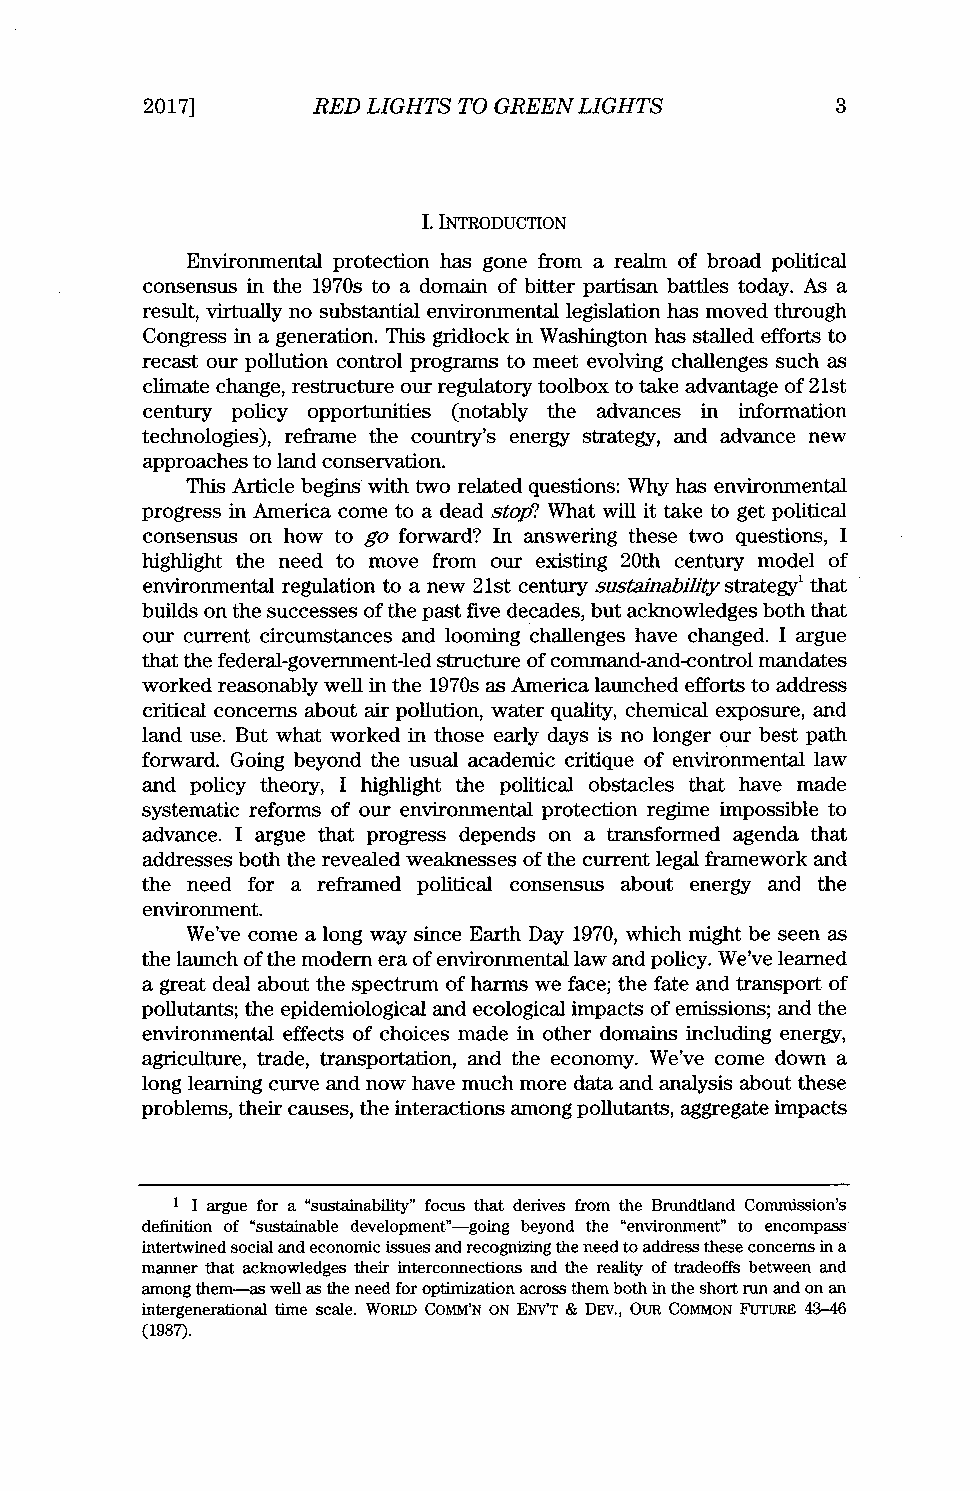
2017]1     RED LIGHTS TO GREEN LIGHTS        3
 I. INTRODUCTION
 Environmental protection has gone from a realm of broad political
 consensus in the 1970s to a domain of bitter partisan battles today. As a
 result, virtually no substantial environmental legislation has moved through
 Congress in a generation. This gridlock in Washington has stalled efforts to
 recast our pollution control programs to meet evolving challenges such as
 climate change, restructure our regulatory toolbox to take advantage of 21st
 century policy opportunities (notably the advances in information
 technologies), reframe the country's energy strategy, and advance new
 approaches to land conservation.
 This Article begins with two related questions: Why has environmental
 progress in America come to a dead stop? What will it take to get political
 consensus on how to go forward? In answering these two questions, I
 highlight the need to move from our existing 20th century model of
 environmental regulation to a new 21st century sustainabilitys trategy' that
 builds on the successes of the past five decades, but acknowledges both that
 our current circumstances and looming challenges have changed. I argue
 that the federal-government-led structure of command-and-control mandates
 worked reasonably well in the 1970s as America launched efforts to address
 critical concerns about air pollution, water quality, chemical exposure, and
 land use. But what worked in those early days is no longer our best path
 forward. Going beyond the usual academic critique of environmental law
 and policy theory, I highlight the political obstacles that have made
 systematic reforms of our environmental protection regime impossible to
 advance. I argue that progress depends on a transformed agenda that
 addresses both the revealed weaknesses of the current legal framework and
 the need for a reframed political consensus about energy and the
 environment.
 We've come a long way since Earth Day 1970, which might be seen as
 the launch of the modem era of environmental law and policy. We've learned
 a great deal about the spectrum of harms we face; the fate and transport of
 pollutants; the epidemiological and ecological impacts of emissions; and the
 environmental effects of choices made in other domains including energy,
 agriculture, trade, transportation, and the economy. We've come down a
 long learning curve and now have much more data and analysis about these
 problems, their causes, the interactions among pollutants, aggregate impacts
 1 I argue for a "sustainability" focus that derives from the Brundtland Commission's
 definition of "sustainable development"-going beyond the "environment" to encompass
 intertwined social and economic issues and recognizing the need to address these concerns in a
 manner that acknowledges their interconnections and the reality of tradeoffs between and
 among them-as well as the need for optimization across them both in the short run and on an
 intergenerational time scale. WORLD COMM'N ON ENV'T & DEv., OUR COMMON FUTURE 43-46
 (1987).